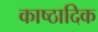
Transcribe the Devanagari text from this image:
काष्‍ठादिक